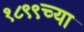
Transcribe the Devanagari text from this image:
१८९९च्या